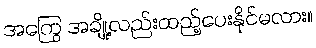
အကြွေ အချို့လည်းထည့်ပေးနိုင်မလား။